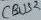
Text: CBUS2